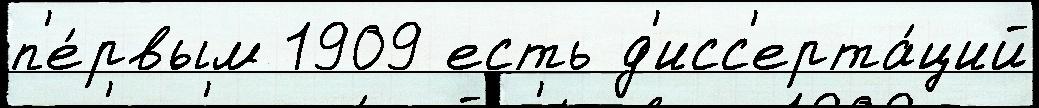
п'е́рвым 1909 есть д'исс'ерта́ций